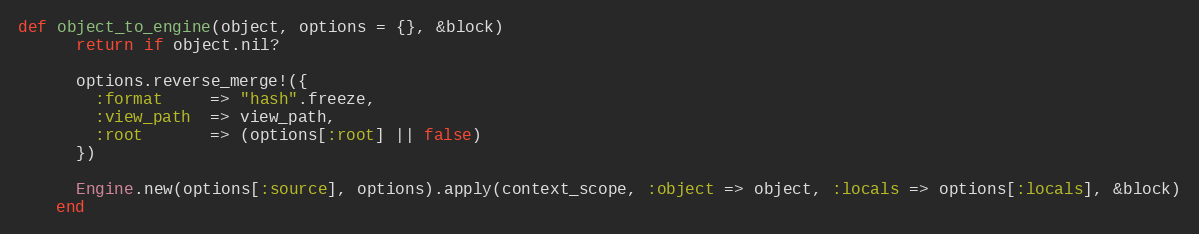
Language: Ruby
def object_to_engine(object, options = {}, &block)
      return if object.nil?

      options.reverse_merge!({
        :format     => "hash".freeze,
        :view_path  => view_path,
        :root       => (options[:root] || false)
      })

      Engine.new(options[:source], options).apply(context_scope, :object => object, :locals => options[:locals], &block)
    end